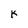
Character: k